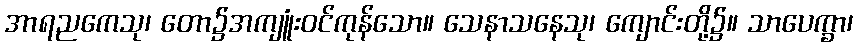
အာရညကေသု၊ တော၌အကျူံးဝင်ကုန်သော။ သေနာသနေသု၊ ကျောင်းတို့၌။ သာပေက္ခာ၊